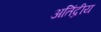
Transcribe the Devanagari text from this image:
अतिंद्रीय